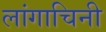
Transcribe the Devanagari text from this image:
लांगाचिनी